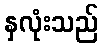
နှလုံးသည်